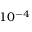
1 0 ^ { - 4 }